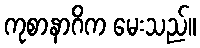
ကုစာနာဂိက မေးသည်။